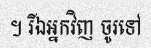
។ រីឯអ្នកវិញ ចូរទៅ